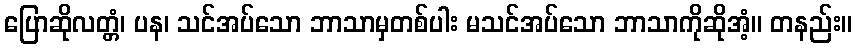
ပြောဆိုလတ္တံ၊ ပန၊ သင်အပ်သော ဘာသာမှတစ်ပါး မသင်အပ်သော ဘာသာကိုဆိုအံ့။ တနည်း။